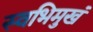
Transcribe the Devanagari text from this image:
स्वभिमुखं